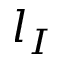
l _ { I }